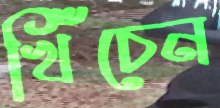
খিঁচেন